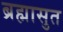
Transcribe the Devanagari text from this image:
ब्रह्मासुत